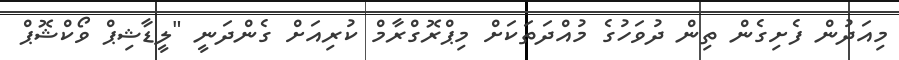
މިއަދުން ފެށިގެން ތިން ދުވަހުގެ މުއްދަތަކަށް މިޕްރޮގްރާމް ކުރިއަށް ގެންދަނީ "ލީޑާޝިޕް ވޯކްޝޮޕް